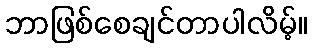
ဘာဖြစ်စေချင်တာပါလိမ့်။